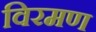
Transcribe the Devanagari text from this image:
विरमण